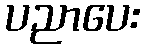
ပညာပေး